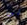
لي